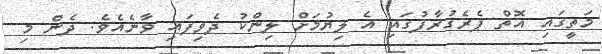
މަތީގައި އޮތް ޕެރެގުރާފުގައި އެ ލިޔުމަށް ލިންކު ދެވިފައި ވާނެއެވެ. ދެން މި